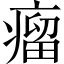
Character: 瘤